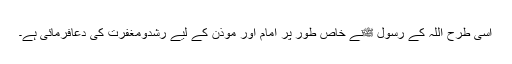
اسی طرح اللہ کے رسول ﷺنے خاص طور پر امام اور موذن کے لیے رشدومغفرت کی دعافرمائی ہے۔